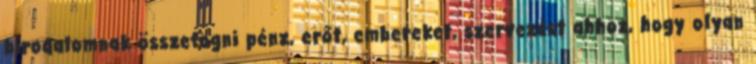
birodalomnak összefogni pénz, erőt, embereket, szervezést ahhoz, hogy olyan